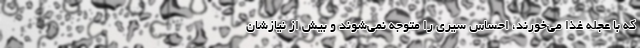
که با عجله غذا می‌خورند، احساس سیری را متوجه نمی‌شوند و بیش از نیازشان